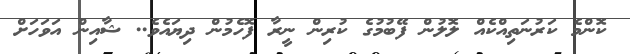
ކޮންމެ ކަރުނަތިއްކެއް ލޮލުން ފޭބުމުގެ ކުރިން ނީރާ ފޮހެމުން ދިޔައެވެ.. ޝާއިން އަވަހަށް